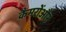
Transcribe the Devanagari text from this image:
कैमरोंऔर